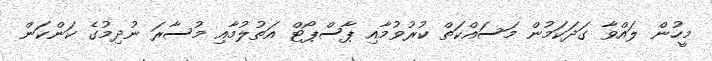
މީހުން ލައްވާ ގަދަކަމުން މަސައްކަތް ކުރުވުމާއި ޕާސްޕޯޓް އަތުލުމާއި މުސާރަ ނުދިމުގެ ކަންކަން